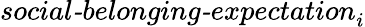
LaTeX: \textit{social-belonging-expectation}_{i}